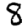
Digit: 8